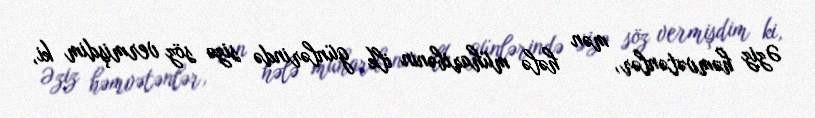
Əziz həmvətənlər, mən hələ müharibənin ilk günlərində sizə söz vermişdim ki,